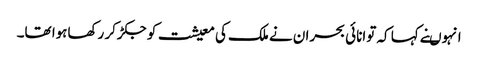
انہوںنے کہا کہ توانائی بحران نے ملک کی معیشت کو جکڑکر رکھاہوا تھا۔